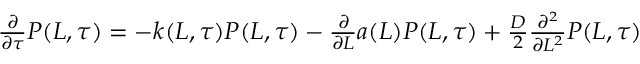
\begin{array} { r } { \frac { \partial } { \partial \tau } P ( L , \tau ) = - k ( L , \tau ) P ( L , \tau ) - \frac { \partial } { \partial L } a ( L ) P ( L , \tau ) + \frac { D } { 2 } \frac { \partial ^ { 2 } } { \partial L ^ { 2 } } P ( L , \tau ) } \end{array}